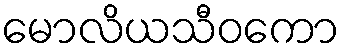
မောလိယသီဝကော